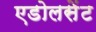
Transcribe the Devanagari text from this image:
एडोलसेंट